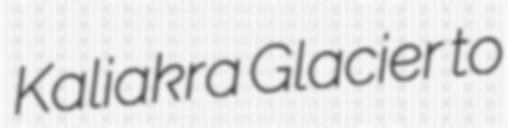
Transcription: Kaliakra Glacier to